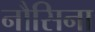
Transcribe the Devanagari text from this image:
नौसिना